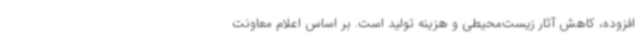
افزوده، کاهش آثار زیست‌محیطی و هزینه تولید است. بر اساس اعلام معاونت